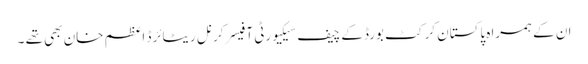
ان کے ہمراہ پاکستان کرکٹ بورڈکے چیف سیکیورٹی آفیسر کرنل ریٹائرڈ اعظم خان بھی تھے ۔